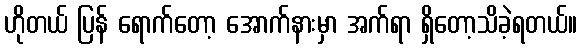
ဟိုတယ် ပြန် ရောက်တော့ အောက်နားမှာ အက်ရာ ရှိတော့သိခဲ့ရတယ်။